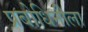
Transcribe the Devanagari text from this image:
प्रबोधिनीला